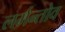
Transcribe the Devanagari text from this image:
लर्मन्तोव